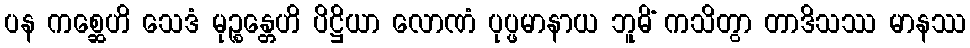
ပန ကစ္ဆေဟိ သေဒံ မုဉ္စန္တေဟိ ပိဋ္ဌိယာ လောဏံ ပုပ္ဖမာနာယ ဘူမိံ ကသိတွာ တာဒိသဿ မာနဿ